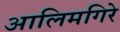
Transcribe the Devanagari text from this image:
आलिमगिरे